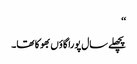
‘‘
پچھلے سال پورا گاؤں بھوکا تھا۔